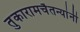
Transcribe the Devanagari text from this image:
तुकारामचैतन्यांनी